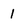
Character: 1